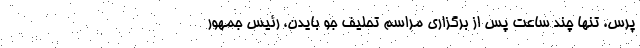
پرس، تنها چند ساعت پس از برگزاری مراسم تحلیف جو بایدن، رئیس جمهور